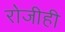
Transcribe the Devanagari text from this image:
रोजीही